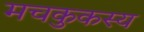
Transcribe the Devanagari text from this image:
मचकुकस्य